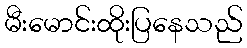
မီးမောင်းထိုးပြနေသည်